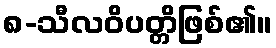
၈-သီလဝိပတ္တိဖြစ်၏။